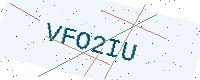
Text: VFO2IU